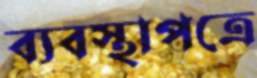
ব্যবস্থাপত্রে